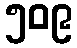
၅၀၉